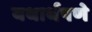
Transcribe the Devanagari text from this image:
यथार्थपणे